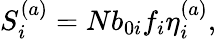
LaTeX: S_{i}^{(a)}=Nb_{0i}f_{i}\eta_{i}^{(a)},